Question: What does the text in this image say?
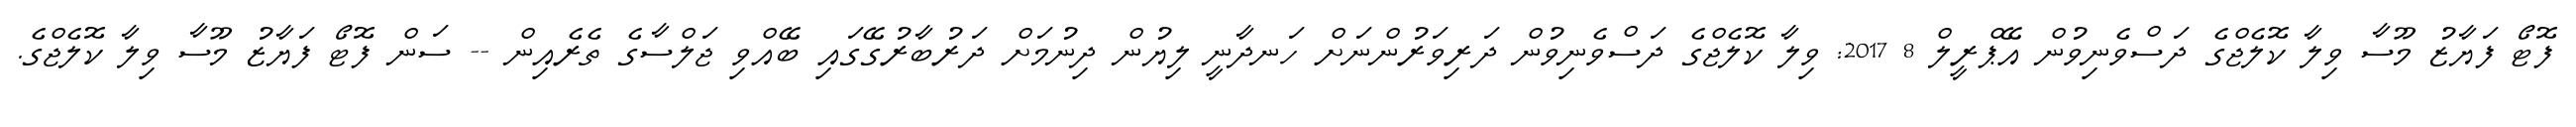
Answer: ފޮޓޯ ފަޔާޒު މޫސާ ވިލާ ކޮލެޖްގެ ދަސްވެނިވުން އޭޕްރީލް 8 2017: ވިލާ ކޮލެޖްގެ ދަސްވެނިވުން ދަރިވަރުންނަށް ހަނދާނީ ލިޔުން ދިނުމަށް ދަރުބާރުގޭގައި ބޭއްވި ޖަލްސާގެ ތެރެއިން -- ސަން ފޮޓޯ ފަޔާޒު މޫސާ ވިލާ ކޮލެޖްގެ.